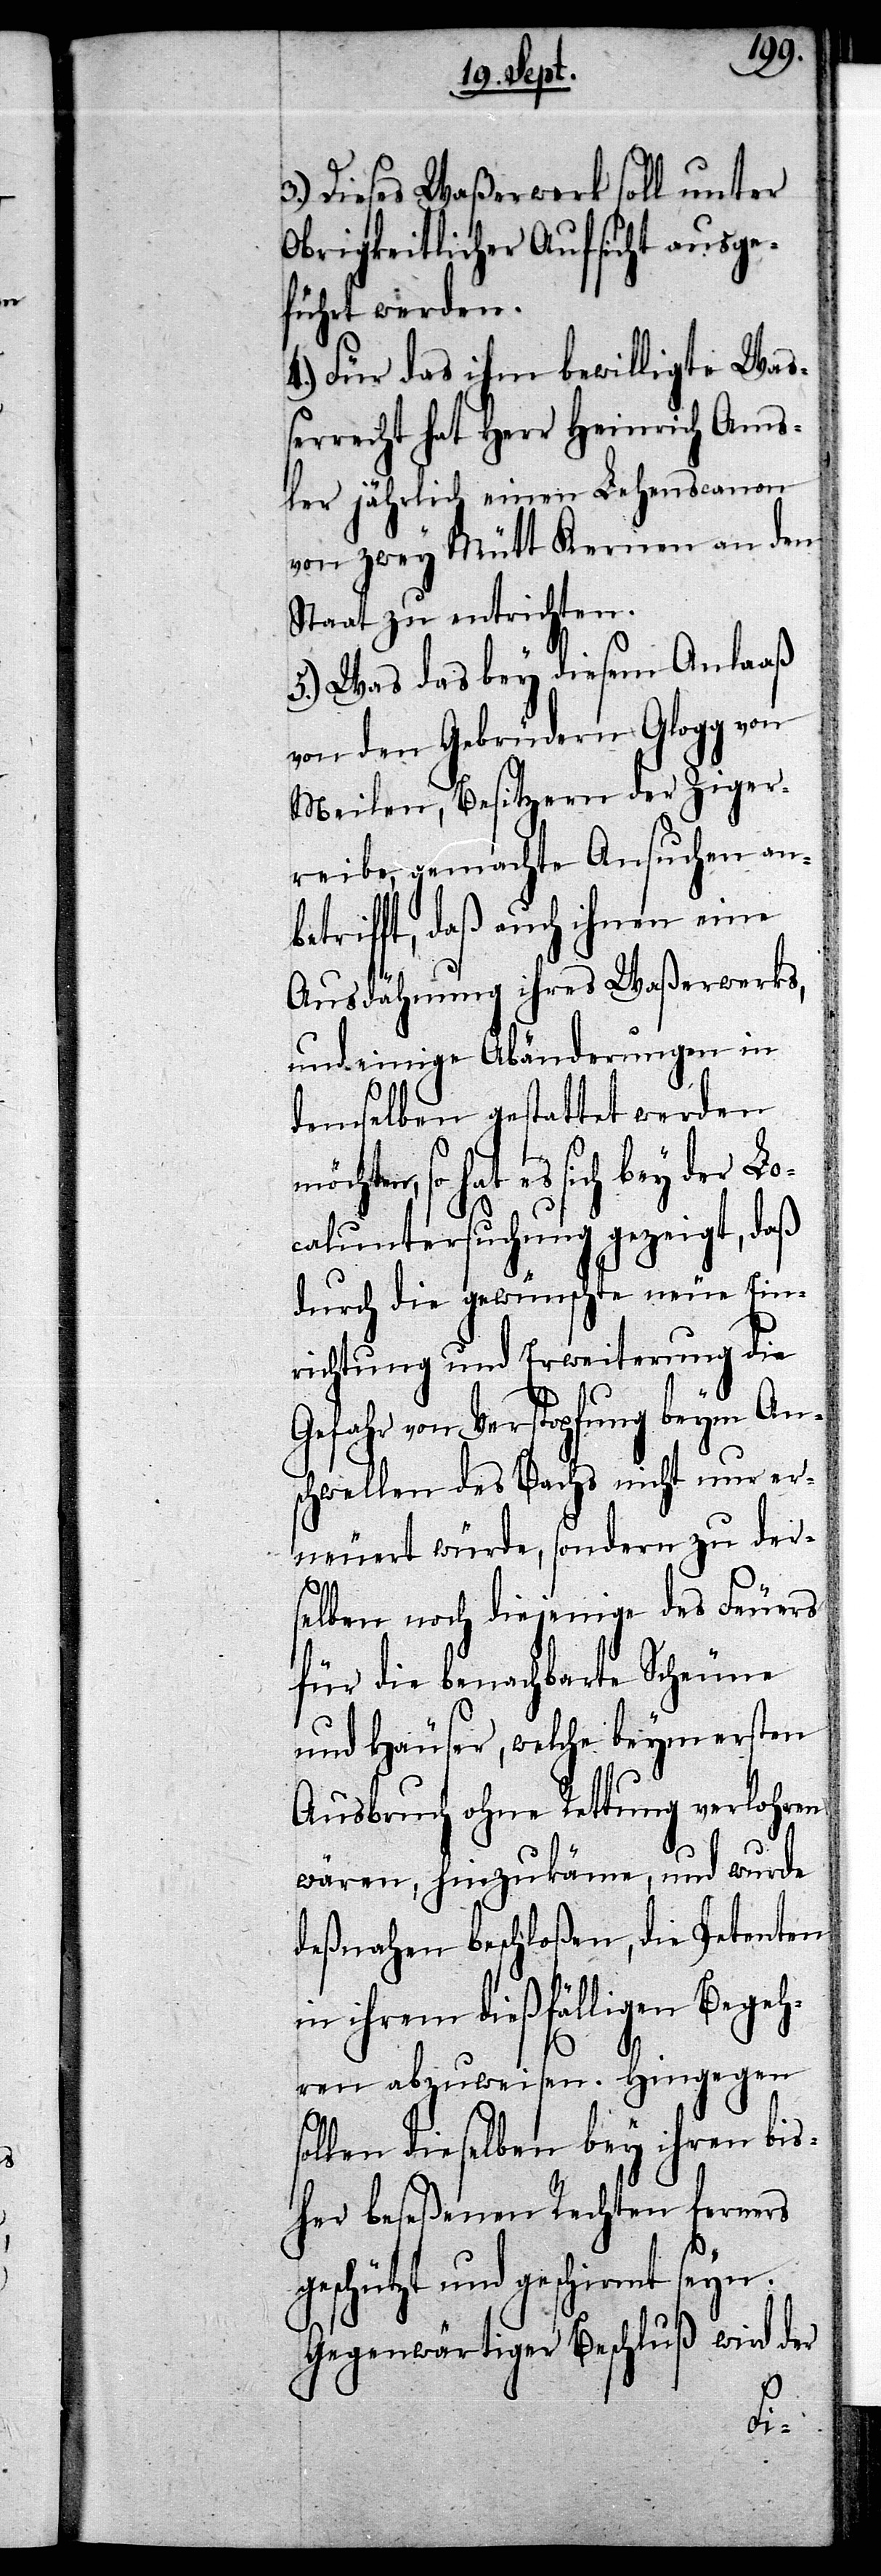
3.) Dieses Waßerwerk soll unter
Obrigkeitlicher Aufsicht ausge¬
führt werden.
4.) Für das ihm bewilligte Wa¬
ßerrecht hat Herr Heinrich Ams¬
ler jährlich einen Lehenscanon
von zwey Mütt Kernen an den
Staat zu entrichten.
5.) Was das bey diesem Anlaaß
von den Gebrüdern Glogg von
Meilen, Besitzern der Ziger¬
reibe, gemachte Ansuchen anb¬
etrifft, daß auch ihnen eine
Ausdähnung ihres Waßerwerks,
und einige Abänderungen in
demselben gestattet werden
so hat es sich bey der L¬
ocaluntersuchung gezeigt, daß
durch die gewünschte neue Ein¬
richtung und Erweiterung die
Gefahr von Verstopfung beym An¬
schwellen des Bachs nicht nur er¬
neuert würde, sondern zu der¬
selben noch diejenige des Feuers
für die benachbarte Scheune
und Häuser, welche beym
Ausbruch ohne Rettung verlohren
wären, hinzukäme, und wurde
deßnahen beschloßen, die Petenten
in ihrem dießfälligen Begeh¬
ren abzuweisen. Hingegen
sollen dieselben bey ihren bis¬
her beseßenen Rechtern ferners
geschützt und geschirmt seyn.
Gegenwärtiger Beschluß wird der